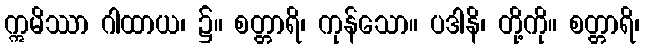
ဣမိဿာ ဂါထာယ၊ ၌။ စတ္တာရိ၊ ကုန်သော။ ပဒါနိ၊ တို့ကို။ စတ္တာရိ၊